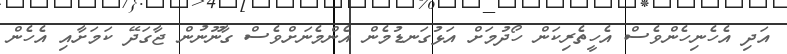
އަދި އެހެނިހެންވެސް އެހީތެރިކަން ހޯދުމަށް އަޅުގަނޑުމެން އެންމެނަށްވެސް ގާނޫނުން ޖާގަދޭ ކަމަށާއި އެހެން